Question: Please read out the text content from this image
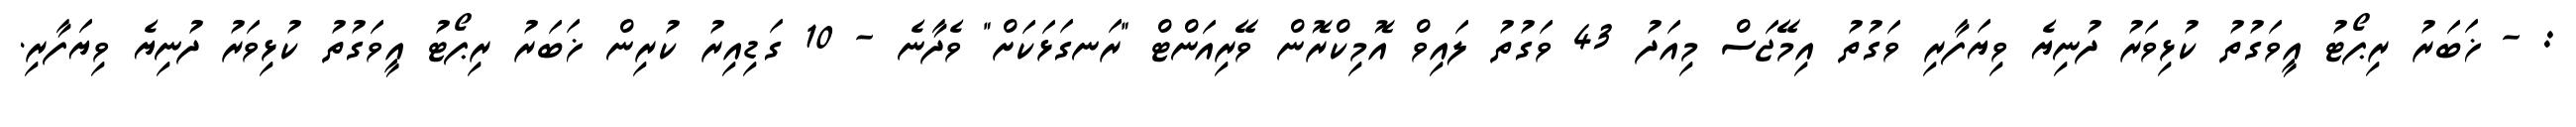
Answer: : - ޚަބަރު ރިޕޯޓު އީވަގުތު ކުޅިވަރު ދުނިޔެ ވިޔަފާރި ވަގުތު އިމޭޖަސް މިއަދު 43 ވަގުތު ލައިވް އޮމިކްރޮން ވޭރިއަންޓް "ރަނގަޅަކަށް" ވެދާނެ - 10 ގަޑިއިރު ކުރިން ޚަބަރު ރިޕޯޓު އީވަގުތު ކުޅިވަރު ދުނިޔެ ވިޔަފާރި.